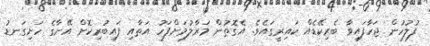
ފުލުހުން ޖަހާފައިވާ ބެރިކޭޑެއް ކައިރީގައެވެ. އެގޮތުން މަރާލުމަށްފަހު އަތާއި ފައިބުރިކޮށް އޭނާގެ ހަށިގަނޑު